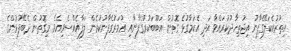
އިތުރުއެކަލޭގެފާނު އިޖުތިހާދުކުރައްވާ އަދި އެކަމާގުޅެ ގޮތުން އަބޫބަކުރުގެފާނާއި ޢުމަރުގެފާނުކުރެން ލަފާއެއްސެވިއެވެ. މިގޮތުން ދެބޭފުޅުންގެ